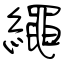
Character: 繩